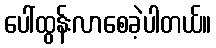
ပေါ်ထွန်းလာစေခဲ့ပါတယ်။